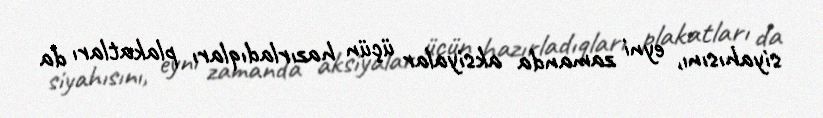
siyahısını, eyni zamanda aksiyalar üçün hazırladıqları plakatları da